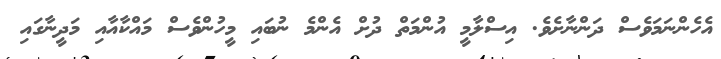
އެހެންނަމަވެސް ދަންނާށެވެ. އިސްލާމީ އުންމަތް ދުށް އެންމެ ނުބައި މީހުންވެސް މައްކާއާއި މަދީނާގައި